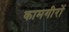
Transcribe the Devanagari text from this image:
कामगीरों